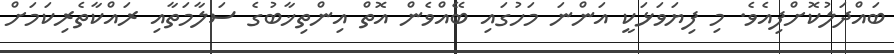
ބައްދަލުކޮށްފިއެވެ. މި ފިޔަވަޅަކީ އަންނަ މަހުގައި ބޭއްވެން އޮތް އިންތިޚާބުގެ ސަލާމަތާއި ރައްކާތެރިކަމަށް